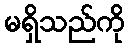
မရှိသည်ကို